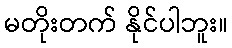
မတိုးတက် နိုင်ပါဘူး။